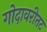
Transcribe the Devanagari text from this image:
गोदावरीतट